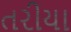
તરીયા